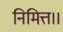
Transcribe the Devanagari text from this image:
निमित्त।।